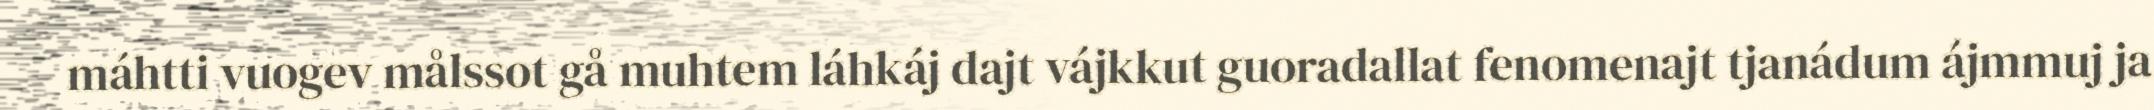
máhtti vuogev målssot gå muhtem láhkáj dajt vájkkut guoradallat fenomenajt tjanádum ájmmuj ja